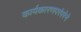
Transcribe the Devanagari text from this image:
कार्यकारणपरंपरेने